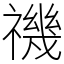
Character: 禨